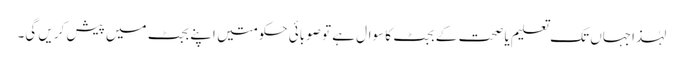
لہٰذاجہاں تک تعلیم یا صحت کے بجٹ کا سوال ہے تو صوبائی حکومتیں اپنے بجٹ میں پیش کریں گی۔